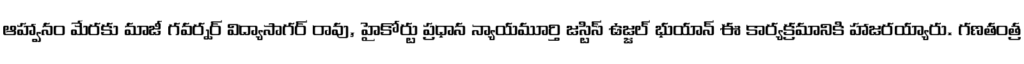
ఆహ్వానం మేరకు మాజీ గవర్నర్ విద్యాసాగర్ రావు, హైకోర్టు ప్రధాన న్యాయమూర్తి జస్టిస్ ఉజ్జల్ భుయాన్ ఈ కార్యక్రమానికి హాజరయ్యారు. గణతంత్ర